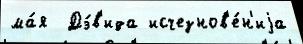
ма́я  Дэ́в'ида исчезнов'е́н'иjа